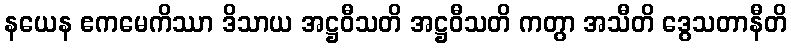
နယေန ဧကမေကိဿာ ဒိသာယ အဋ္ဌဝီသတိ အဋ္ဌဝီသတိ ကတွာ အသီတိ ဒွေသတာနီတိ